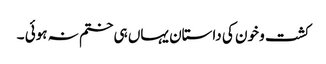
کشت و خون کی داستان یہاں ہی ختم نہ ہوئی ۔